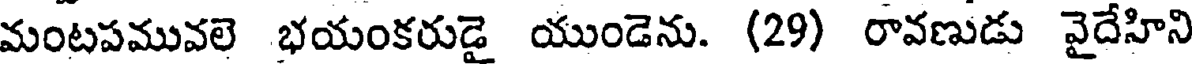
మంటపమువలె భయంకరుడై యుండెను. (29) రావణుడు వైదేహిని